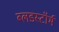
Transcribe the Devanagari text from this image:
ब्लडस्टॉर्म